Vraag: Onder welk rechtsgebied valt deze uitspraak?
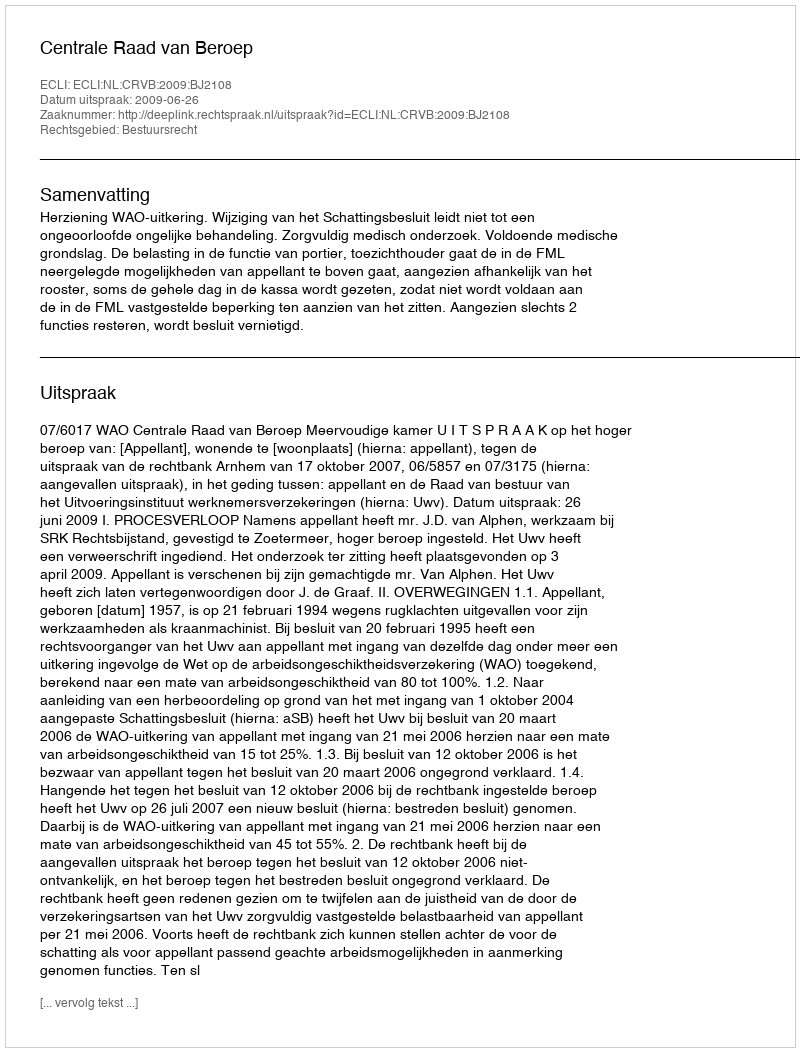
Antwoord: Bestuursrecht